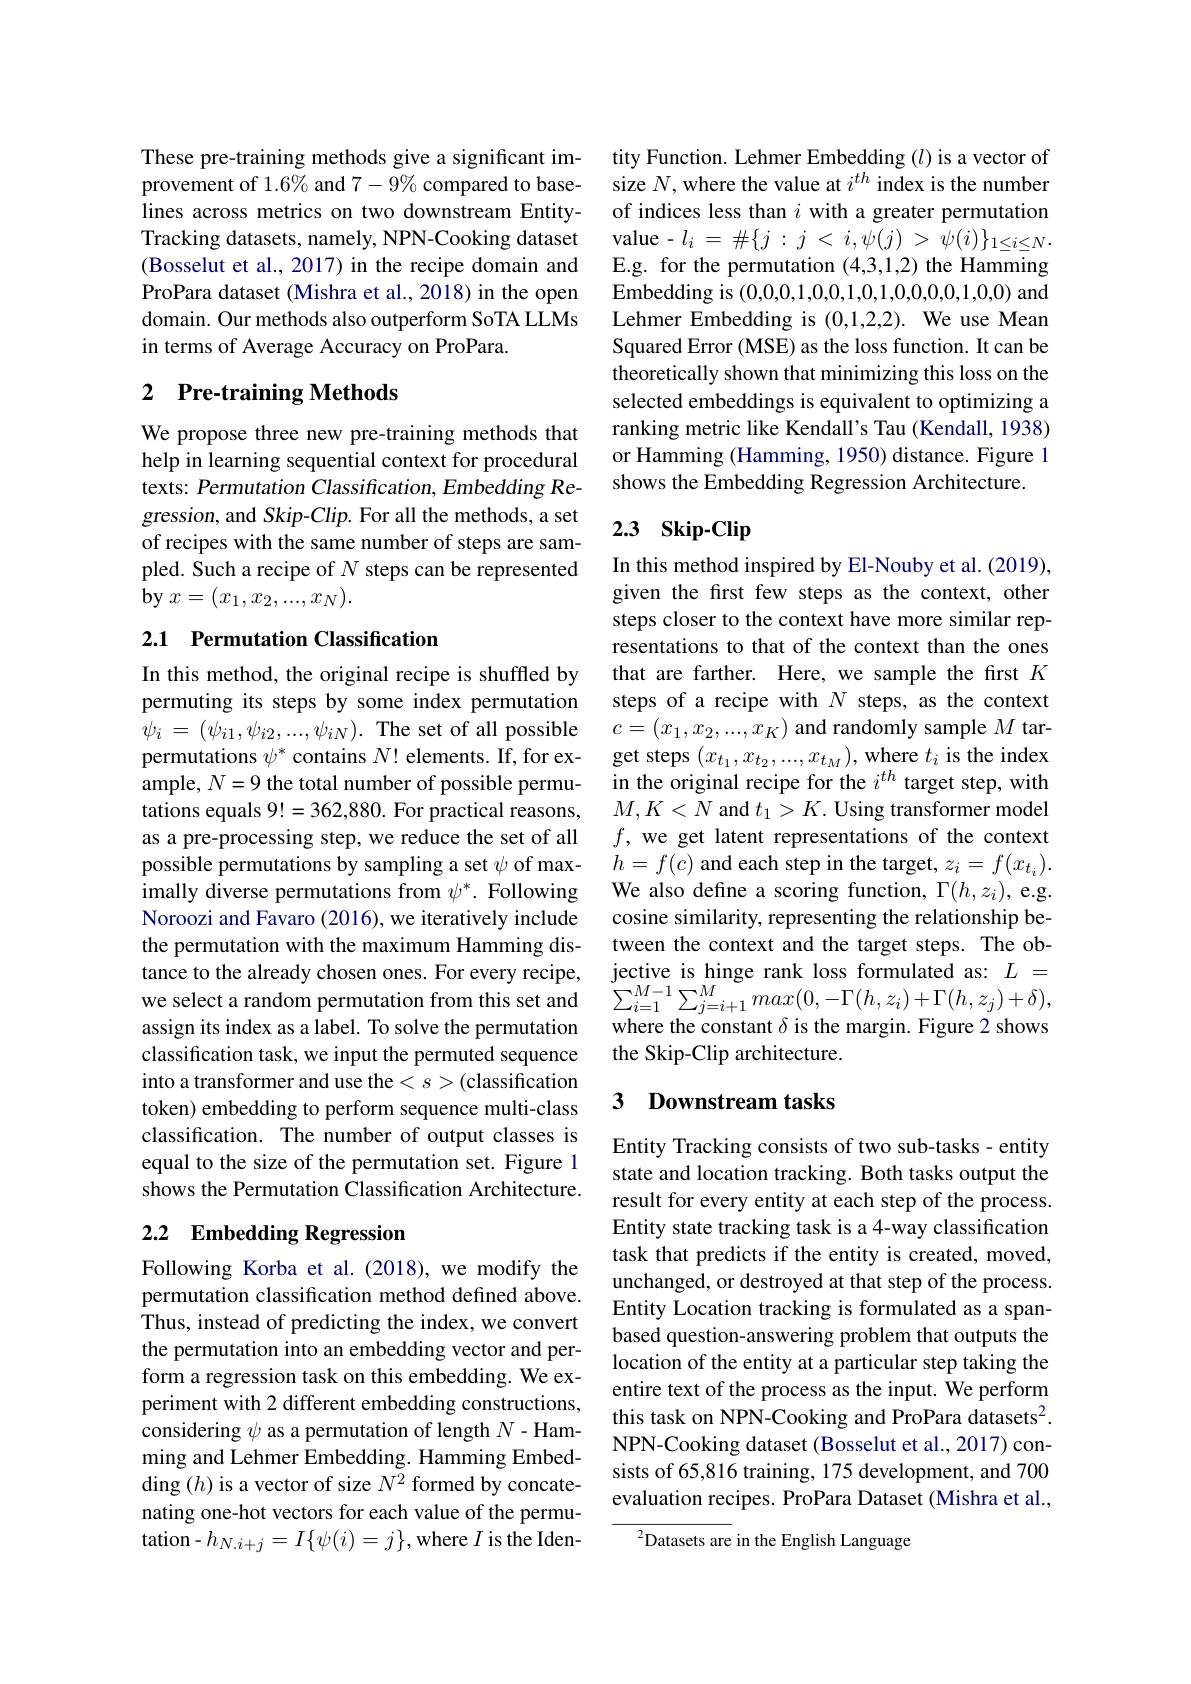
These pre-training methods give a significant improvement of 1.6% and 7-9% compared to baselines across metrics on two downstream EntityTracking datasets, namely, NPN-Cooking dataset (Bosselut et al., 2017) in the recipe domain and ProPara dataset (Mishra et al., 2018) in the open domain. Our methods also outperform SoTA LLMs in terms of Average Accuracy on ProPara.

## 2 Pre-training Methods

We propose three new pre-training methods that help in learning sequential context for procedural texts: Permutation Classification, Embedding Regression, and Skip-Clip. For all the methods, a set of recipes with the same number of steps are sampled. Such a recipe of $N$ steps can be represented $\textbf{by }x= ( x_1, x_2, . . . , x_N) .$

## 2.1 Permutation Classification

In this method, the original recipe is shuffled by permuting its steps by some index permutation $\psi _i$ = $( \psi _{i1}, \psi _{i2}, . . . , \psi _{iN}) .$ The set of all possible permutations $\psi^*$ contains $N!$ elements. If, for example, $N=9$ the total number of possible permutations equals 9!=362,880. For practical reasons, as a pre-processing step, we reduce the set of all possible permutations by sampling a set $\psi$ of maximally diverse permutations from $\psi^*.$ Following Noroozi and Favaro (2016), we iteratively include the permutation with the maximum Hamming distance to the already chosen ones. For every recipe, assign its index as a label. To solve the permutation classification task, we input the permuted sequence into a transformer and use the $
($classification token) embedding to perform sequence multi-class classification. The number of output classes is equal to the size of the permutation set. Figure 1 shows the Permutation Classification Architecture.

## 2.2 Embedding Regression

Following Korba et al.(2018), we modify the permutation classification method defined above. Thus, instead of predicting the index, we convert the permutation into an embedding vector and perform a regression task on this embedding. We experiment with 2 different embedding constructions, considering $\psi$ as a permutation of length $N-$Hamming and Lehmer Embedding. Hamming Embedding $(h)$ is a vector of size $N^{2}$ formed by concatenating one-hot vectors for each value of the permutation-$h_N.i+j=I\{\psi(i)=j\}$,where $I$ is the Iden-

tity Function. Lehmer Embedding $(l)$ is a vector of size $N$,where the value at $i^th$ index is the number of indices less than $i$ with a greater permutation value-$l_i= \# \{ j$ : $j$ < $i, \psi ( j)$ > $\psi ( i) \} _{1\leq i\leq N}.$ E.g. for the permutation (4,3,1,2) the Hamming Embedding is (0,0,0,1,0,0,1,0,1,0,0,0,0,1,0,0) and Lehmer Embedding is (0,1,2,2). We use Mean Squared Error (MSE) as the loss function. It can be theoretically shown that minimizing this loss on the selected embeddings is equivalent to optimizing a ranking metric like Kendall's Tau (Kendall, 1938) or Hamming (Hamming, 1950) distance. Figure 1 shows the Embedding Regression Architecture.

# 2.3 Skip-Clip

In this method inspired by El-Nouby et al. (2019), given the frst few steps as the context, other steps closer to the context have more similar representations to that of the context than the ones that are farther. Here, we sample the first $K$ steps of a recipe with $N$ steps, as the context $c=(x_1,x_2,...,x_K)$ and randomly sample $M$ target steps $(x_{t_1},x_{t_2},...,x_{t_M})$,where $t_i$ is the index in the original recipe for the $i^{th}$ target step, with $M,K<\bar{N}$ and $t_1>K.$ Using transformer model $f$, we get latent representations of the context $h=f(c)$ and each step in the target, $z_i=f(x_{t_i}).$ We also define a scoring function, $\Gamma(h,z_i)$, e.g. cosine similarity, representing the relationship between the context and the target steps. The objective is hinge rank loss formulated as: $L=$
we select a random permutation from this set and $\sum_{i=1}^{M-1}\sum_{j=i+1}^{M}max(0,-\Gamma(h,z_{i})+\Gamma(h,z_{j})+\delta)$,
where the constant $\delta$ is the margin. Figure 2 shows
the Skip-Clip architecture.

### 3 $\textbf{Downstream tasks}$

Entity Tracking consists of two sub-tasks - entity state and location tracking. Both tasks output the result for every entity at each step of the process. Entity state tracking task is a 4-way classification task that predicts if the entity is created, moved, unchanged, or destroyed at that step of the process. Entity Location tracking is formulated as a spanbased question-answering problem that outputs the location of the entity at a particular step taking the entire text of the process as the input. We perform this task on NPN-Cooking and ProPara datasets$^2.$ NPN-Cooking dataset (Bosselut et al., 2017) consists of 65,816 training, 175 development, and 700 evaluation recipes. ProPara Dataset (Mishra et al.,

$^{2}$Datasets are in the English Language